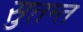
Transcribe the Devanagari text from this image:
सुत्तन्त